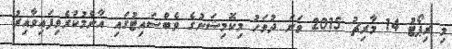
މި ރިޕޯޓު 14 މާރިޗު 2015 ވަނަ ދުވަހު މިކޮމިޝަނުގެ ވެބްސައިޓުގައި އާންމުކުރެވިފައިވާއިރު